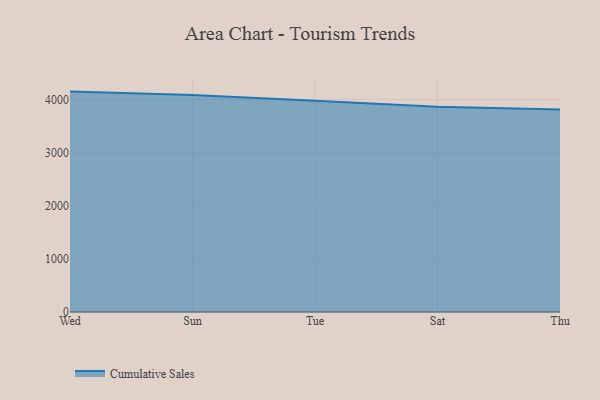
{"axis": {"x": "Day", "y": "Conversion Rate (%)"}, "legend": ["Cumulative Sales"], "data": [{"x": "Wed", "y": 4149.6, "type": "Cumulative Sales"}, {"x": "Sun", "y": 4087.5, "type": "Cumulative Sales"}, {"x": "Tue", "y": 3978.7, "type": "Cumulative Sales"}, {"x": "Sat", "y": 3863.9, "type": "Cumulative Sales"}, {"x": "Thu", "y": 3813.1, "type": "Cumulative Sales"}]}